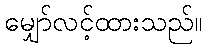
မျှော်လင့်ထားသည်။